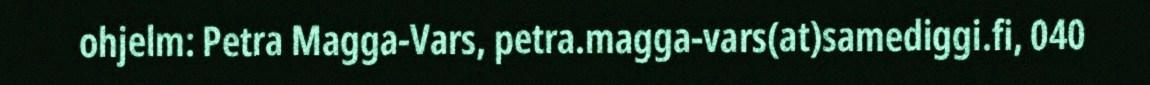
ohjelm: Petra Magga-Vars, petra.magga-vars(at)samediggi.fi, 040